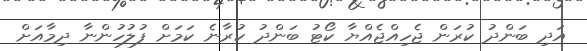
އަދި ބަންދު ކުރަން ޖެހިއްޖެއްޔާ ކޯޓު ބަންދު ކުރާނެ ކަމަށް ފުލުހުންނާ ދިމާއަށް